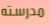
مدرسته